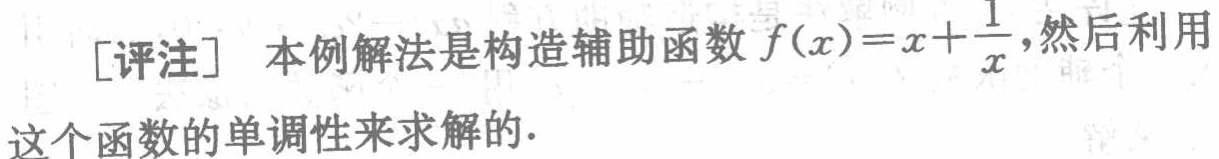
[评注] 本例解法是构造辅助函数 \(f(x)=x+\frac{1}{x}\)，然后利用这个函数的单调性来求解的.